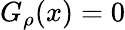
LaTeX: G_{\rho}(x)=0